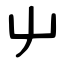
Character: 屮